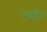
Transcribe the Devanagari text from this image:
एस्चीट